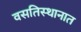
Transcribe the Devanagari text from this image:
वसतिस्थानात